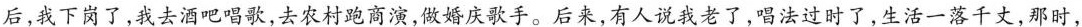
后，我下岗了，我去酒吧唱歌，去农村跑商演，做婚庆歌手。后来，有人说我老了，唱法过时了，生活一落千丈，那时，